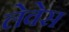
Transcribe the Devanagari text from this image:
लेवेस